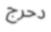
دحرج